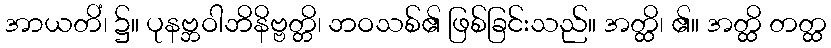
အာယတိံ၊ ၌။ ပုနဗ္ဘဝါဘိနိဗ္ဗတ္တိ၊ ဘဝသစ်၏ ဖြစ်ခြင်းသည်။ အတ္ထိ၊ ၏။ အတ္ထိ တတ္ထ